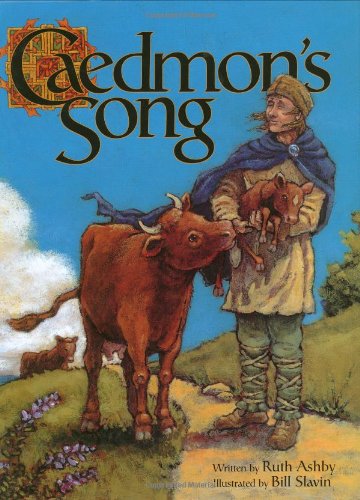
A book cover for Caedmon's Song; Ruth Ashby; Children's Books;